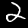
Digit: 2